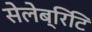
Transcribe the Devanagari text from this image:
सेलेब्रिटि